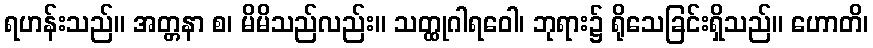
ရဟန်းသည်။ အတ္တနာ စ၊ မိမိသည်လည်း။ သတ္ထုဂါရဝေါ၊ ဘုရား၌ ရိုသေခြင်းရှိသည်။ ဟောတိ၊